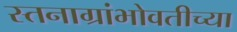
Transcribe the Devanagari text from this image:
स्तनाग्रांभोवतीच्या